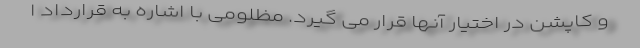
و کاپشن در اختیار آنها قرار می گیرد. مظلومی با اشاره به قرارداد ا